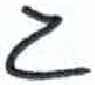
אות: ג